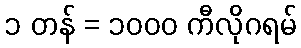
၁ တန် = ၁၀၀၀ ကီလိုဂရမ်